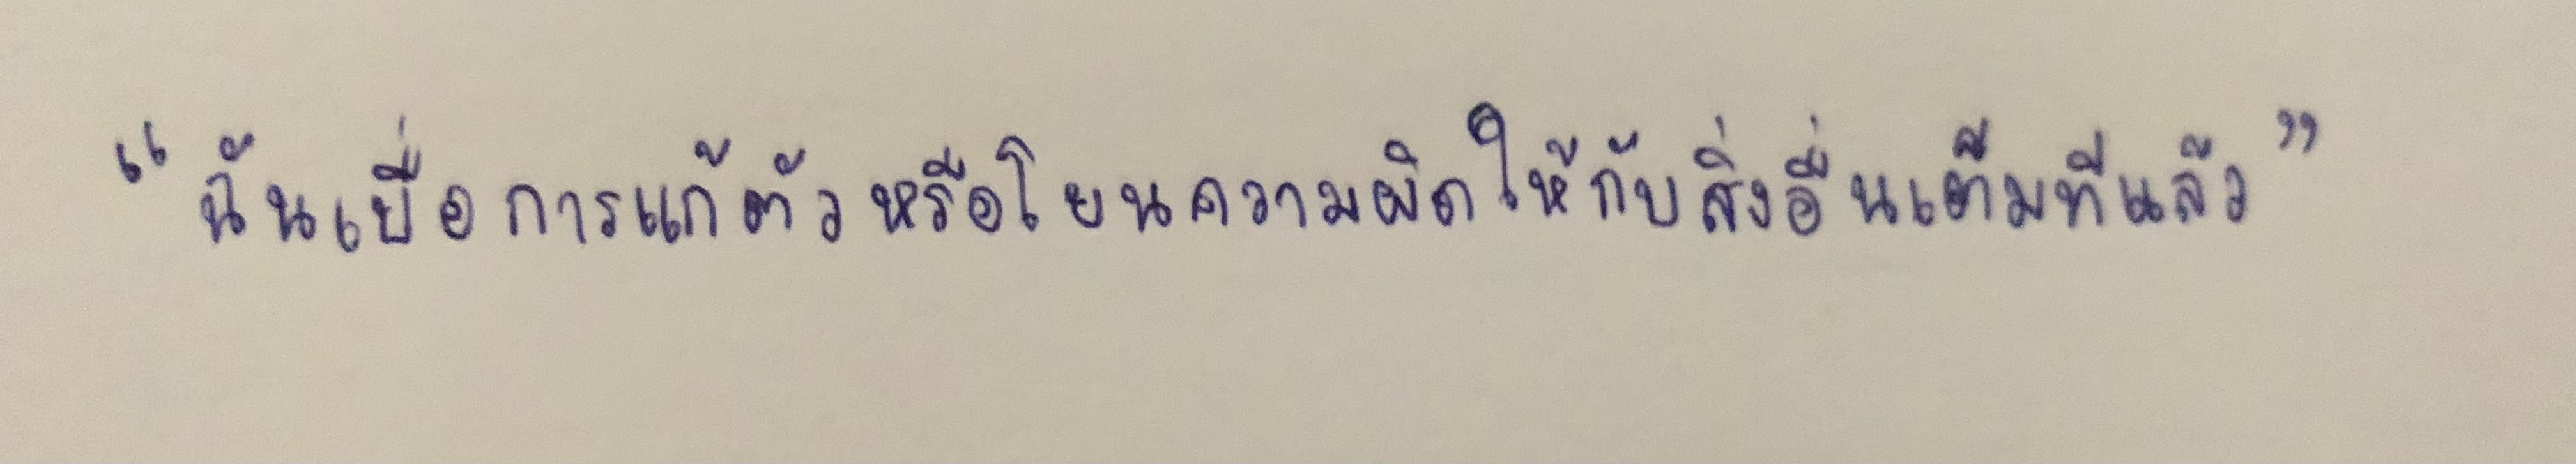
"ฉันเบื่อการแก้ตัวหรือโยนความผิดให้กับสิ่งอื่นเต็มทีแล้ว"